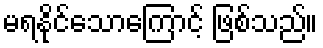
မရနိုင်သောကြောင့် ဖြစ်သည်။